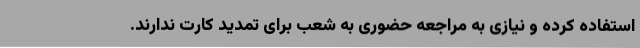
استفاده کرده و نیازی به مراجعه حضوری به شعب برای تمدید کارت ندارند.